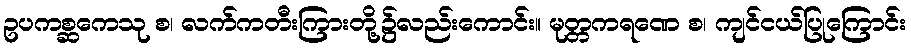
ဥပကစ္ဆကေသု စ၊ လက်ကတီးကြားတို့၌လည်းကောင်း။ မုတ္တကရဏေ စ၊ ကျင်ငယ်ပြုကြောင်း